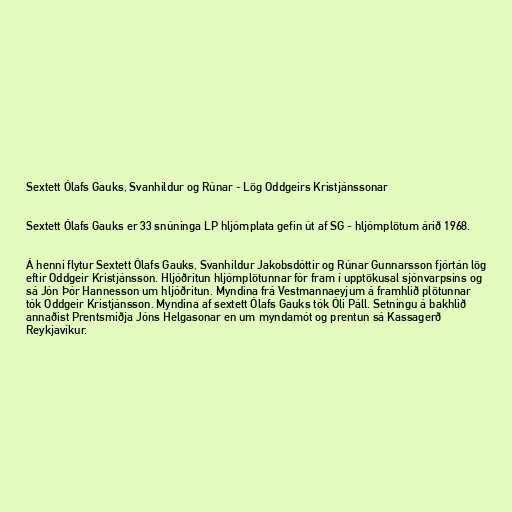
Sextett Ólafs Gauks, Svanhildur og Rúnar - Lög Oddgeirs Kristjánssonar

Sextett Ólafs Gauks er 33 snúninga LP hljómplata gefin út af SG - hljómplötum árið 1968.

Á henni flytur Sextett Ólafs Gauks, Svanhildur Jakobsdóttir og Rúnar Gunnarsson fjórtán lög
eftir Oddgeir Kristjánsson. Hljóðritun hljómplötunnar fór fram í upptökusal sjónvarpsins og
sá Jón Þór Hannesson um hljóðritun. Myndina frá Vestmannaeyjum á framhlið plötunnar
tók Oddgeir Kristjánsson. Myndina af sextett Ólafs Gauks tók Óli Páll. Setningu á bakhlið
annaðist Prentsmiðja Jóns Helgasonar en um myndamót og prentun sá Kassagerð
Reykjavíkur.